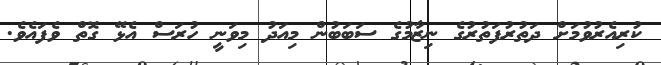
ކުރިއެރުވުމަށް ދަތުރުފަތުރުގެ ނިޒާމުގެ ސަބަބުން މިއަދު މިވަނީ ހުރަސް އެޅޭ ގޮތް ވެފައެވެ.